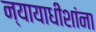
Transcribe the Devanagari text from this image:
न्यायाधीशांना